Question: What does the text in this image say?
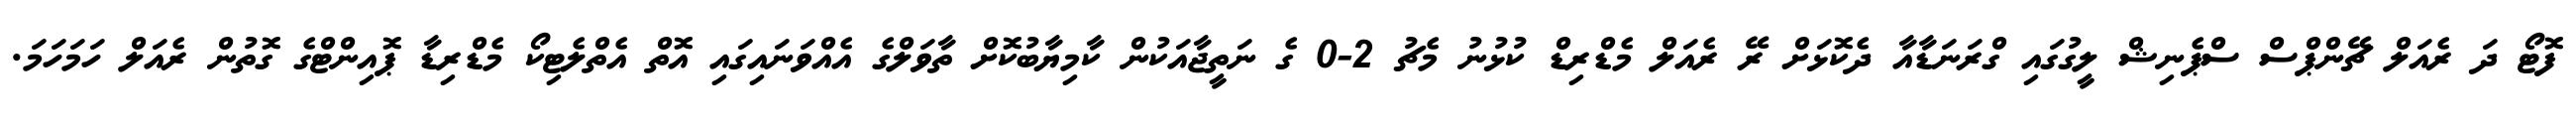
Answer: ފޮޓޯ ދަ ރެއަލް ޗޭންޕްސް ސްޕެނިޝް ލީގުގައި ގްރަނަޑާއާ ދެކޮޅަށް ރޭ ރެއަލް މެޑްރިޑް ކުޅުނު މެޗު 2-0 ގެ ނަތީޖާއަކުން ކާމިޔާބުކޮށް ތާވަލްގެ އެއްވަނައިގައި އޮތް އެތްލެޓިކޯ މެޑްރިޑާ ޕޮއިންޓްގެ ގޮތުން ރެއަލް ހަމަހަމަ.